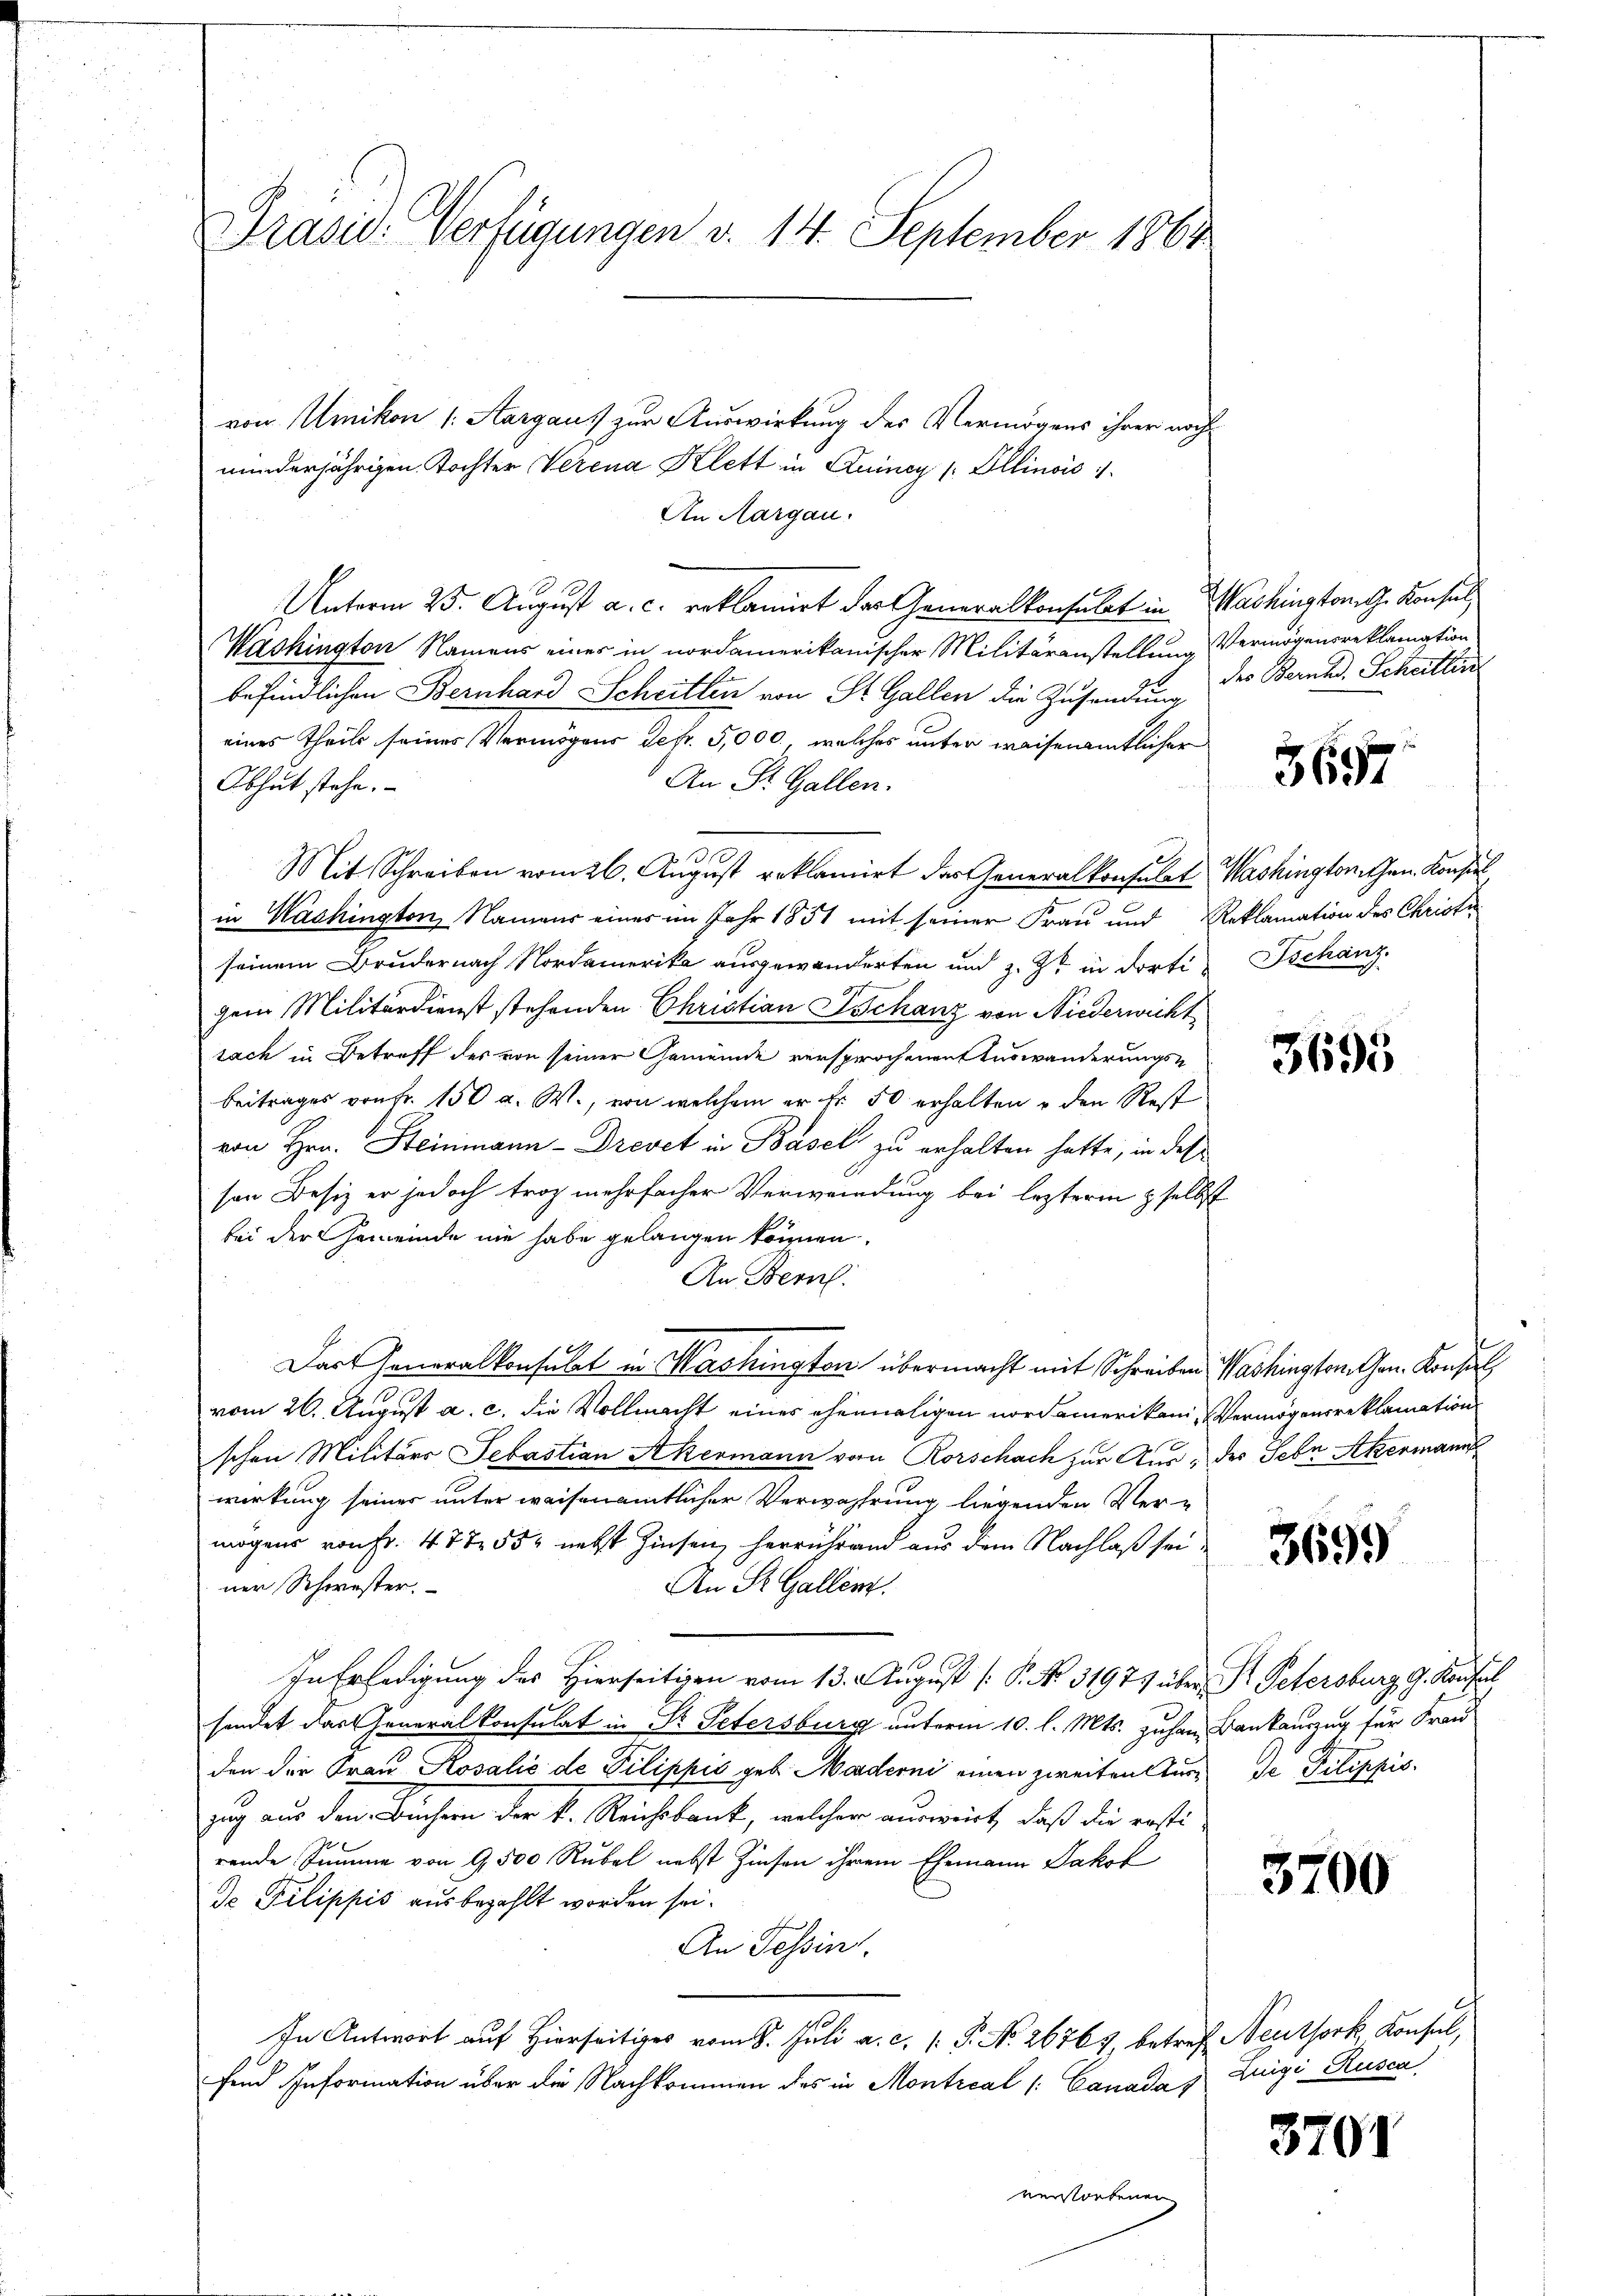
Präsid. Verfügungen v. 14. September 1861

von Umikon (Aargaus zur Auswirkung des Vermögens ihrer noch
minderjährigen Tochter Verena Klett in Quincy / Ellinois
An Aargau.
Unterm 25. August a. c. reklamirt der Generalkonsulat in Washington G. Konsul
Washington Namens eines in nordamerikanischer Militäranstellung Vermögensreklamation
befindlichen Bernhard Schritten von St. Gallen die Zusendung des Bernas, Scheitlin
eines Theils seines Vermögens defr. 5,000., welches unter weisenamtlicher
An St. Gallen.
Obhut stehe.
mn
Mit Schreiben vom 26. August reklamirt der Generalkonsulat Washingtonien Konsil
in Washington, Namens eines im Jahr 1851 mit seiner Frau und Reklamation des Christi
seinem Brudernach Nordamerika ausgewanderten und z. Zt. in dortigem Militärdienst stehenden Christian Schanz von Niederwicht
sack in Betreff des von seiner Gemeinde versprochenen Auswanderungsbeitrages von Fr. 150 a. W., von welchem er fr. 50 erhalten u den Rest
von Hrn. Steinmann - Drevet in Basel zu erhalten hatte, in des
son Besiz er jedoch troz mehrfacher Verwendung bei lezterm selbst
bei der Gemeinde nie habe gelangen können.
An Bern.
Das Generalkonsulat in Washington übermacht mit Schreiben Washington Gen. Konsul
vom 26. August a. c. die Vollmacht eines ehemaligen nordamerikani, Vermögens reklamation
schen Militärs Sebastian Akermann von Rorschach zur Aus des Sebn Akermann
wirkung seiner unter weisenamtlicher Verwahrung liegenden Ver-
mögens von Fr. 477. 554 nebst Zinsen, herrührend aus dem Nachlaß sei
ner Schwester.
An St. Gallenz.
In Erledigung des Hierseitigen vom 13. August [P. No. 3197) über St. Petersburg g. Kaufal
sendet das Generalkonsulat in P. Petersburg unterm 10. l. Mts. zuhan Bankauszug für Frau
den die Frau Rosalić de Pilippić geb. Morderni einen zweiten Auszug aus den Büchern der k. Reichsbank, welcher ausweist, daß die resti
rende Summe von 9500 Rubel nebst Zinsen ihrem Ehemann Jakob
o Pilippis ausbezahlt worden sei.
An Tessin.
In Antwort auf Hierseitiges vom 8. Juli a. c. 1 P. No. 26767, betref Neuthork, Konsul,
fend Information über die Nachkommen des in Montreal /: Canadas
verstorbenen

3697

Tschanz.

3695

3699

de Pilippis.

3700

Zuigi Kusca

3701